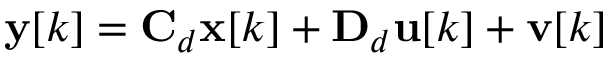
\mathbf { y } [ k ] = \mathbf { C } _ { d } \mathbf { x } [ k ] + \mathbf { D } _ { d } \mathbf { u } [ k ] + \mathbf { v } [ k ]